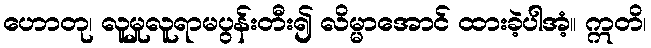
ဟောတု၊ လူမှုလူရာမပွန်းတီး၍ လိမ္မာအောင် ထားခဲ့ပါအံ့။ ဣတိ၊